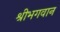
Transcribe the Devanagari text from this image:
श्रीभगवान